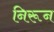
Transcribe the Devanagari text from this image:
निरून